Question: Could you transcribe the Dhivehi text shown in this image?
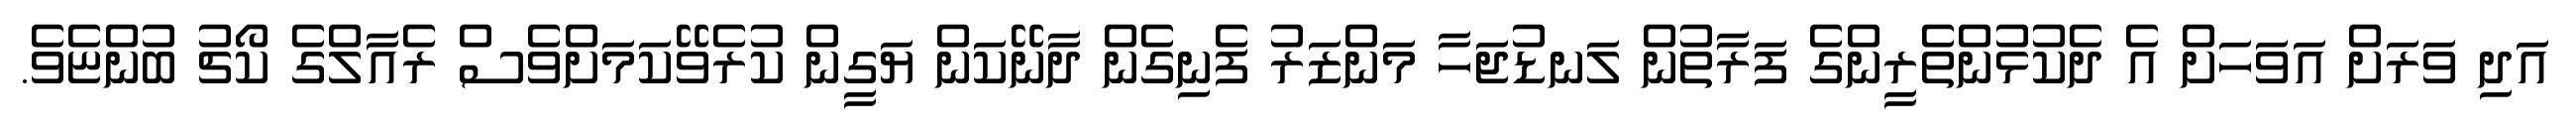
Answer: އަދި ވަރަށް އަވަހަށް އެ ދެކުޅުންތެރީންގެ ފަރާތުން ލަނޑުޖަހާ މަންޒަރު ފެނިގެން ދާނޭކަން ޔަގީން ކުރެވޭކަމަށްވެސް ރެއާލްގެ ކޯޗު ބުންޏެވެ.